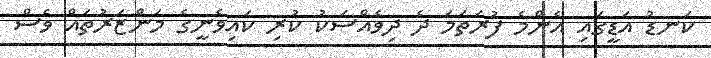
ކަނޑު އަޑީގައި އެންމެ ފުރަތަމަ ދެ ދިވެއްސަކު ކުރި ކައިވެނީގެ މަންޒަރުތައް ވެސް